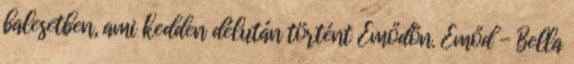
balesetben, ami kedden délután történt Emődön. Emőd - Bella